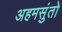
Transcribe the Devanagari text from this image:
अहमसुंतो